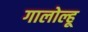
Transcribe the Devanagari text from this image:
गालोल्हू